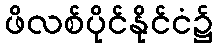
ဖိလစ်ပိုင်နိုင်ငံ၌